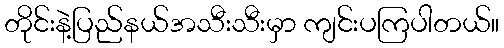
တိုင်းနဲ့ပြည်နယ်အသီးသီးမှာ ကျင်းပကြပါတယ်။